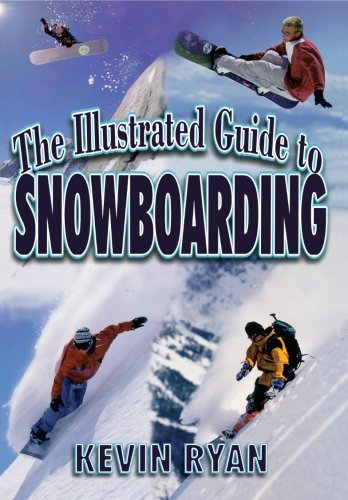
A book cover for The Illustrated Guide To Snowboarding; Kevin Ryan; Sports & Outdoors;